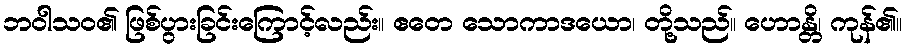
ဘဝါသဝ၏ ဖြစ်ပွားခြင်းကြောင့်လည်း။ ဧတေ သောကာဒယော၊ တို့သည်။ ဟောန္တိ၊ ကုန်၏။